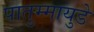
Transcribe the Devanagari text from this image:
पातुम्मायुडे